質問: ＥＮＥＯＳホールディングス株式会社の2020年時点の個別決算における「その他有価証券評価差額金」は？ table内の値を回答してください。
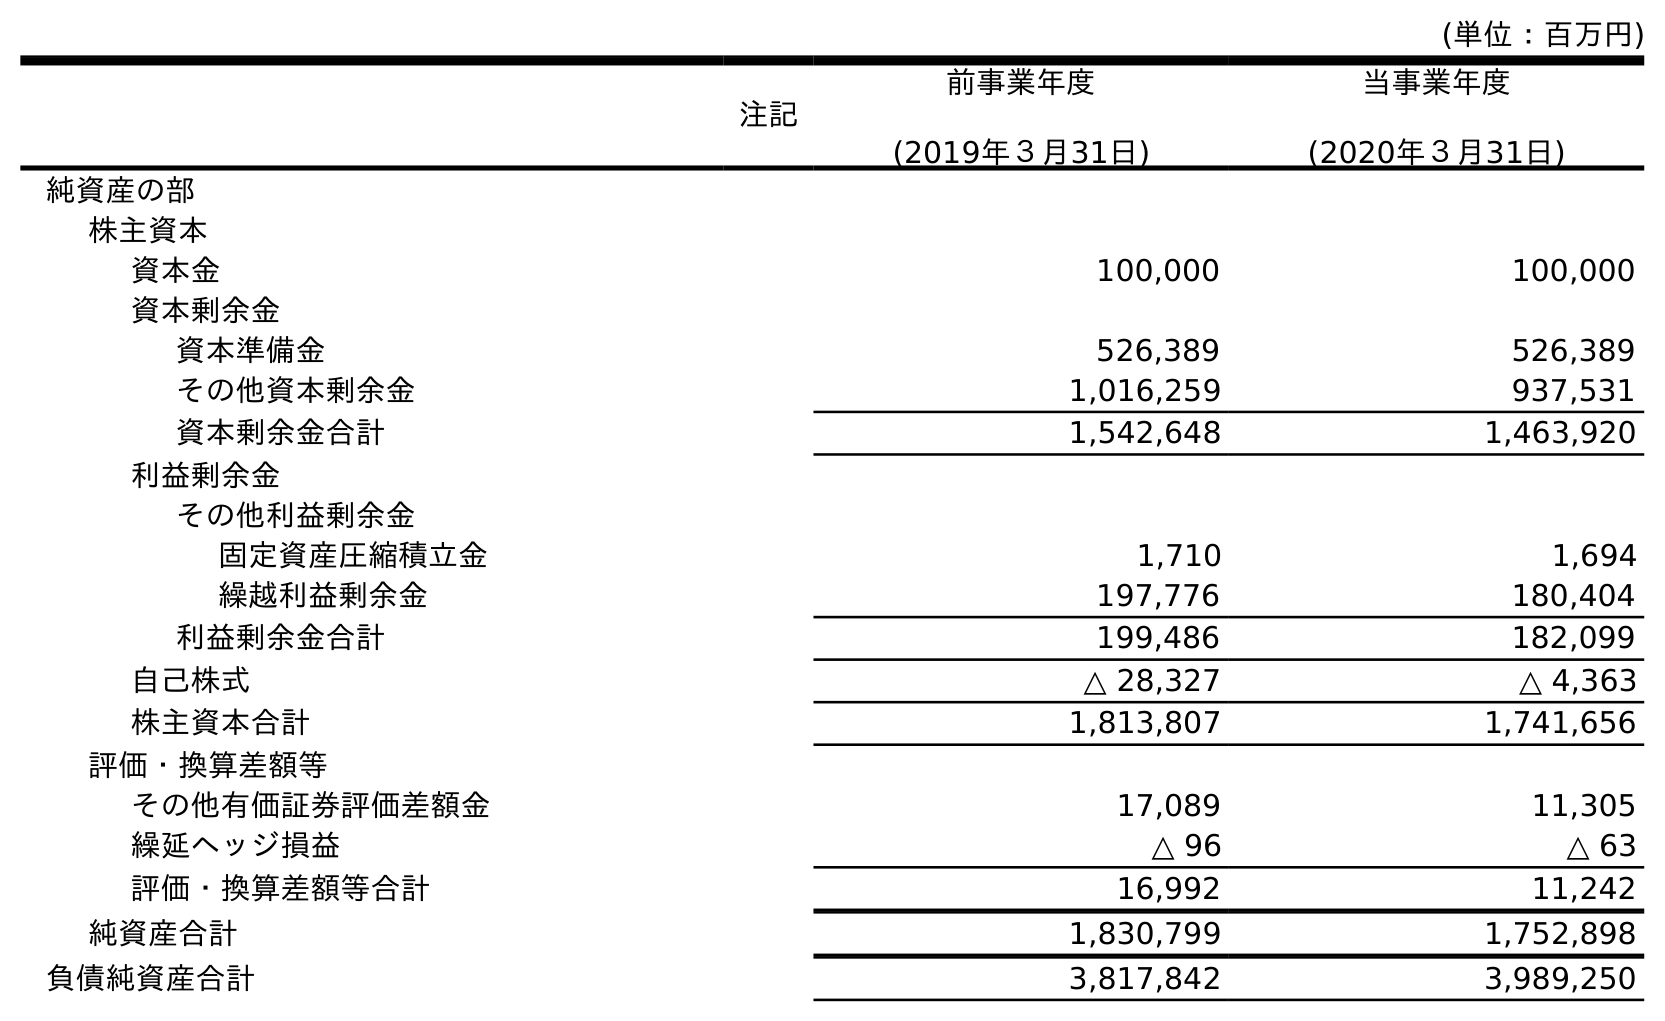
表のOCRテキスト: (単位：百万円) 注記 前事業年度 (2019年３月31日) 当事業年度 (2020年３月31日) 純資産の部 株主資本 資本金 100,000 100,000 資本剰余金 資本準備金 526,389 526,389 その他資本剰余金 1,016,259 937,531 資本剰余金合計 1,542,648 1,463,920 利益剰余金 その他利益剰余金 固定資産圧縮積立金 1,710 1,694 繰越利益剰余金 197,776 180,404 利益剰余金合計 199,486 182,099 自己株式 △ 28,327 △ 4,363 株主資本合計 1,813,807 1,741,656 評価・換算差額等 その他有価証券評価差額金 17,089 11,305 繰延ヘッジ損益 △ 96 △ 63 評価・換算差額等合計 16,992 11,242 純資産合計 1,830,799 1,752,898 負債純資産合計 3,817,842 3,989,250
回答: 11,305